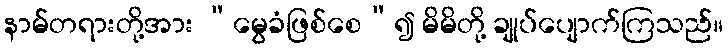
နာမ်တရားတို့အား “မွေခံဖြစ်စေ”၍ မိမိတို့ ချုပ်ပျောက်ကြသည်။